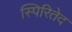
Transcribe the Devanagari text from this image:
स्पिरितेद